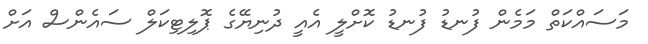
މަސައްކަތް މަމެން ފުނޑު ފުނޑު ކޮށްލީ އެއީ ދުނިޔޭގެ ޕޮލިޓިކަލް ސައެންސް އަށް